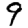
Digit: 9